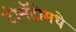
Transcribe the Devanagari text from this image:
टोमॅटोमधे